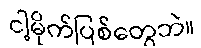
ငါ့မိုက်ပြစ်တွေဘဲ။